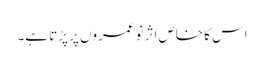
اس کا خاص اثر نوعمروں پر پڑتا ہے۔